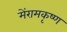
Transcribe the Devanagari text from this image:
मेंरामकृष्ण